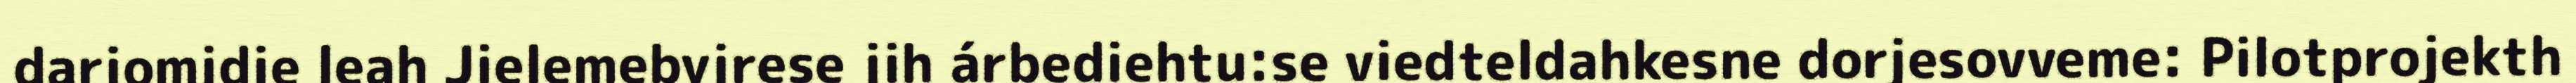
darjomidie leah Jielemebyjrese jih árbediehtu:se viedteldahkesne dorjesovveme: Pilotprojekth